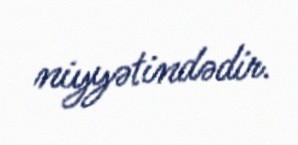
niyyətindədir.